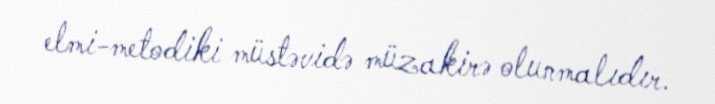
elmi-metodiki müstəvidə müzakirə olunmalıdır.